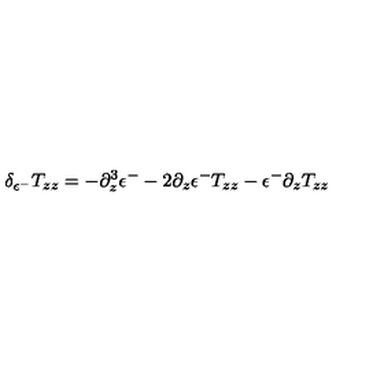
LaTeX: \delta _ { \epsilon ^ { - } } T _ { z z } = - \partial _ { z } ^ { 3 } \epsilon ^ { - } - 2 \partial _ { z } \epsilon ^ { - } T _ { z z } - \epsilon ^ { - } \partial _ { z } T _ { z z }